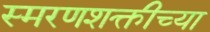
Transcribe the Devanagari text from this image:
स्मरणशक्तीच्या